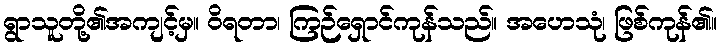
ရွာသူတို့၏အကျင့်မှ။ ဝိရတာ၊ ကြဉ်ရှောင်ကုန်သည်။ အဟေသုံ၊ ဖြစ်ကုန်၏။